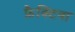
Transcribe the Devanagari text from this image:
फ़ैक्टिवा